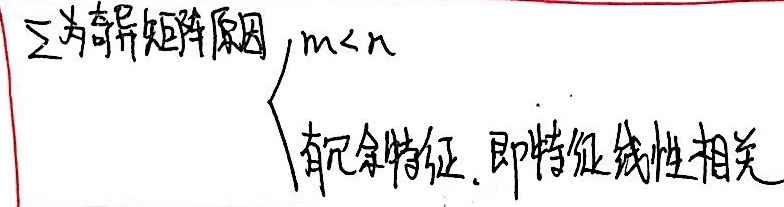
$\sum\text{为奇异矩阵原因}\begin{cases}m < n\\\text{有冗余特征, 即特征线性相关}\end{cases}$